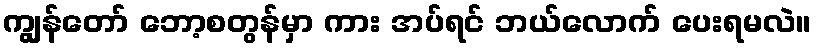
ကျွန်တော် ဘော့စတွန်မှာ ကား အပ်ရင် ဘယ်လောက် ပေးရမလဲ။